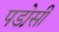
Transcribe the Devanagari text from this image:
पडो़सी